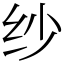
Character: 纱